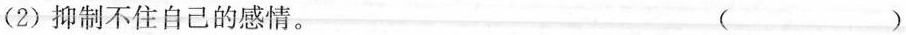
(2)抑制不住自己的感情。 ( )